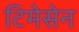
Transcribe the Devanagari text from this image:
टिमेसेन